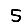
Digit: 5